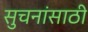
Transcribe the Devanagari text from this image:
सुचनांसाठी